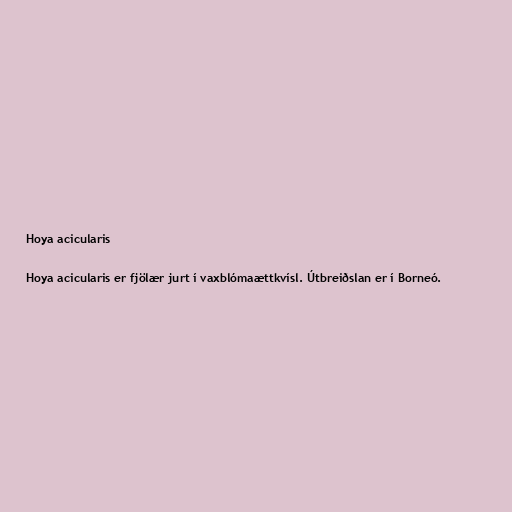
Hoya acicularis

Hoya acicularis er fjölær jurt í vaxblómaættkvísl. Útbreiðslan er í Borneó.